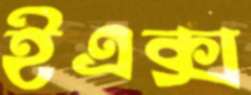
ইএক্স